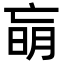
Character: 朚